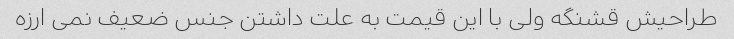
طراحیش قشنگه ولی با این قیمت به علت داشتن جنس ضعیف نمی ارزه